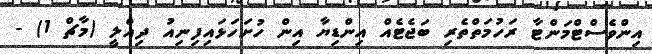
އިންވެސްޓްމަންޓާ ރަހުމަތްތެރި ބަޖެޓެއް އިންޑިޔާ އިން ހުށަހަޅައިފިނިއު ދިއްލީ (މާޗް 1) -